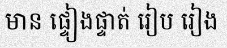
មាន ផ្ទៀងផ្ទាត់ រៀប រៀង